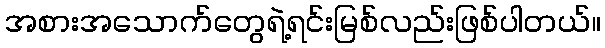
အစားအသောက်တွေရဲ့ရင်းမြစ်လည်းဖြစ်ပါတယ်။